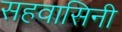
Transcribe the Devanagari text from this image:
सहवासिनी